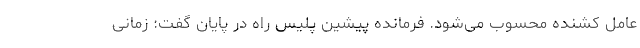
عامل کشنده‌ محسوب می‌شود. فرمانده پیشین پلیس راه در پایان گفت:‌ زمانی